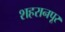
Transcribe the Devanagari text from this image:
शहरानपूर